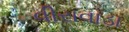
વીરાવાડા